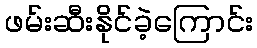
ဖမ်းဆီးနိုင်ခဲ့ကြောင်း